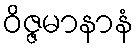
ဝိဇ္ဇမာနာနံ